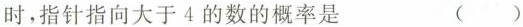
时，指针指向大于4的数的概率是 （）